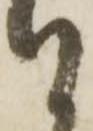
付